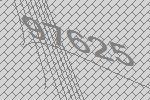
97625